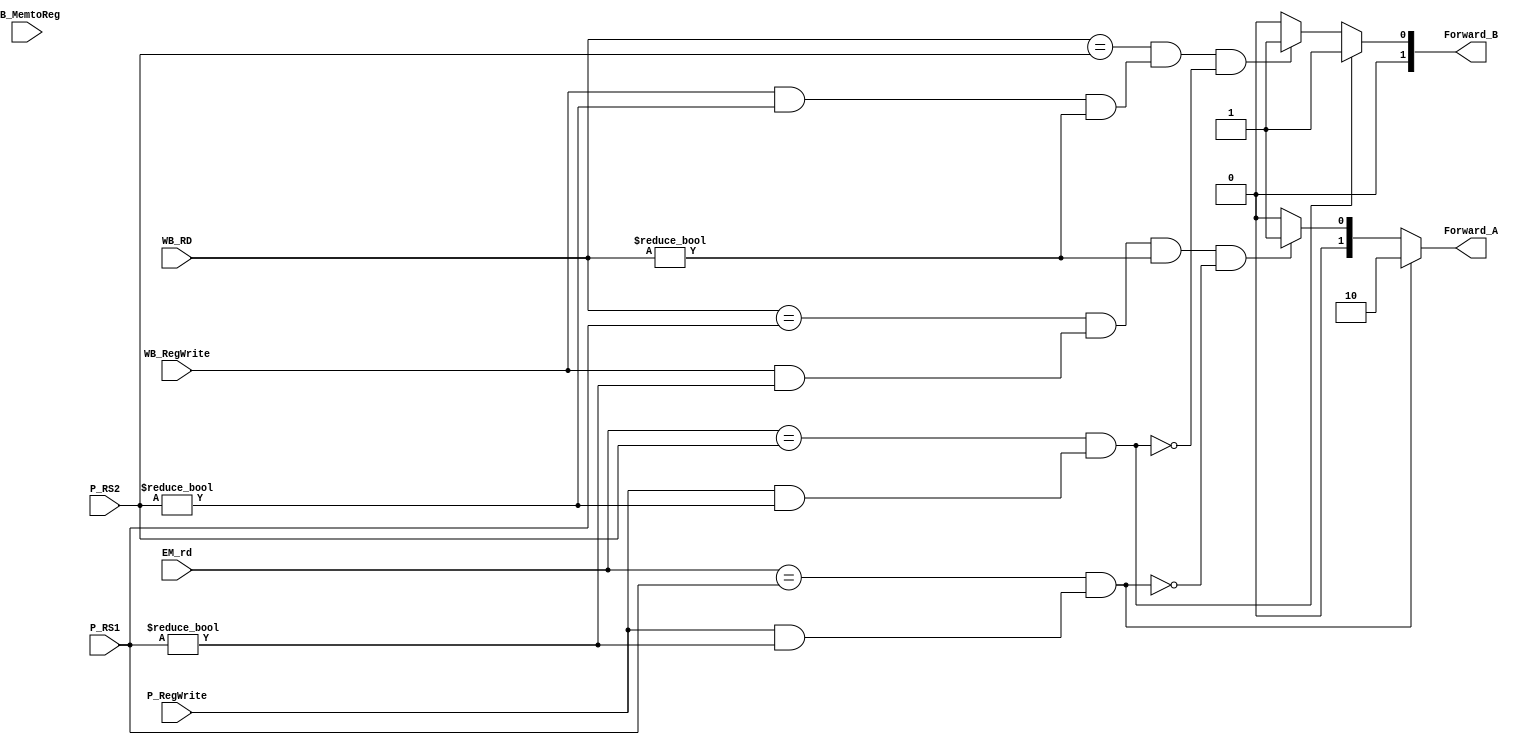
`timescale 1ns / 1ps
//////////////////////////////////////////////////////////////////////////////////
// Company: 
// Engineer: 
// 
// Design Name: 
// Module Name: forward_stage
// Project Name: 
// Target Devices: 
// Tool Versions: 
// Description: 
// 
// Dependencies: 
// 
// Revision:
// Revision 0.01 - File Created
// Additional Comments:
// 
//////////////////////////////////////////////////////////////////////////////////


module ForwardAB_stage(
// forwarding unit stage 
    input [4:0] P_RS1,
    input [4:0] P_RS2,
    input [4:0] WB_RD,
    input [4:0] EM_rd,
    input WB_MemtoReg, WB_RegWrite, P_RegWrite,
    output reg [1:0] Forward_A, Forward_B

    );
    
always @(*) 
    begin  
        if ((EM_rd == P_RS1) && (P_RegWrite != 0 && (P_RS1 !=0))) // WriteRegM // not condition 
            begin 
                Forward_A = 2'b10;
            end 
        else 
            begin 
                // for deadling with mem hazard ,  (not included)
                if(((WB_RD == P_RS1) && (WB_RegWrite != 0 && P_RS1 != 0) && (WB_RD != 0)) && ~((EM_rd == P_RS1) && (P_RegWrite != 0 && (P_RS1 !=0)))) // WriteRegW
                    begin 
                        Forward_A = 2'b01;
                    end 
                else 
                    begin 
                        Forward_A = 2'b00;
                    end 
            end 
            
           
        if (( EM_rd ==P_RS2) && ( P_RegWrite != 0 && (P_RS2 !=0)))
            begin 
                Forward_B = 2'b01;

            end 
        else 
            begin // for mem hazard not condition  
            if ((( WB_RD == P_RS2) && ( WB_RegWrite != 0 && (P_RS2 !=0 ) && (WB_RD !=0))) && ~(( EM_rd ==P_RS2) && ( P_RegWrite != 0 && (P_RS2 !=0))))
                begin                                   
                    Forward_B = 2'b01;
                end 
            else 
                begin 
                    Forward_B = 2'b00;
                end 
           end 
   end 
endmodule